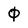
Character: 0